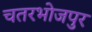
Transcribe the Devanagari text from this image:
चतरभोजपुर